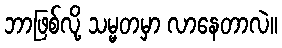
ဘာဖြစ်လို့ သမ္မတမှာ လာနေတာလဲ။